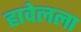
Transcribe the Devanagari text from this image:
हावेलला